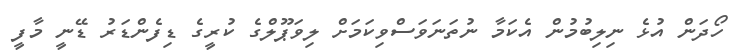
ހޯދަން އުޅެ ނިލިބުމުން އެކަމާ ނުތަނަވަސްވިކަމަށް ލިވަޕޫލްގެ ކުރީގެ ޑިފެންޑަރު ޑޭނީ މާފީ